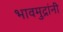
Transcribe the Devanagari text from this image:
भावमुद्रांनी